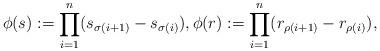
LaTeX: \begin{align*} \phi(s) :=\prod_{i=1}^{n}(s_{\sigma(i+1)}- s_{\sigma(i)}), \phi(r): = \prod_{i=1}^{n} (r_{\rho(i+1)}- r_{\rho(i)}),\end{align*}